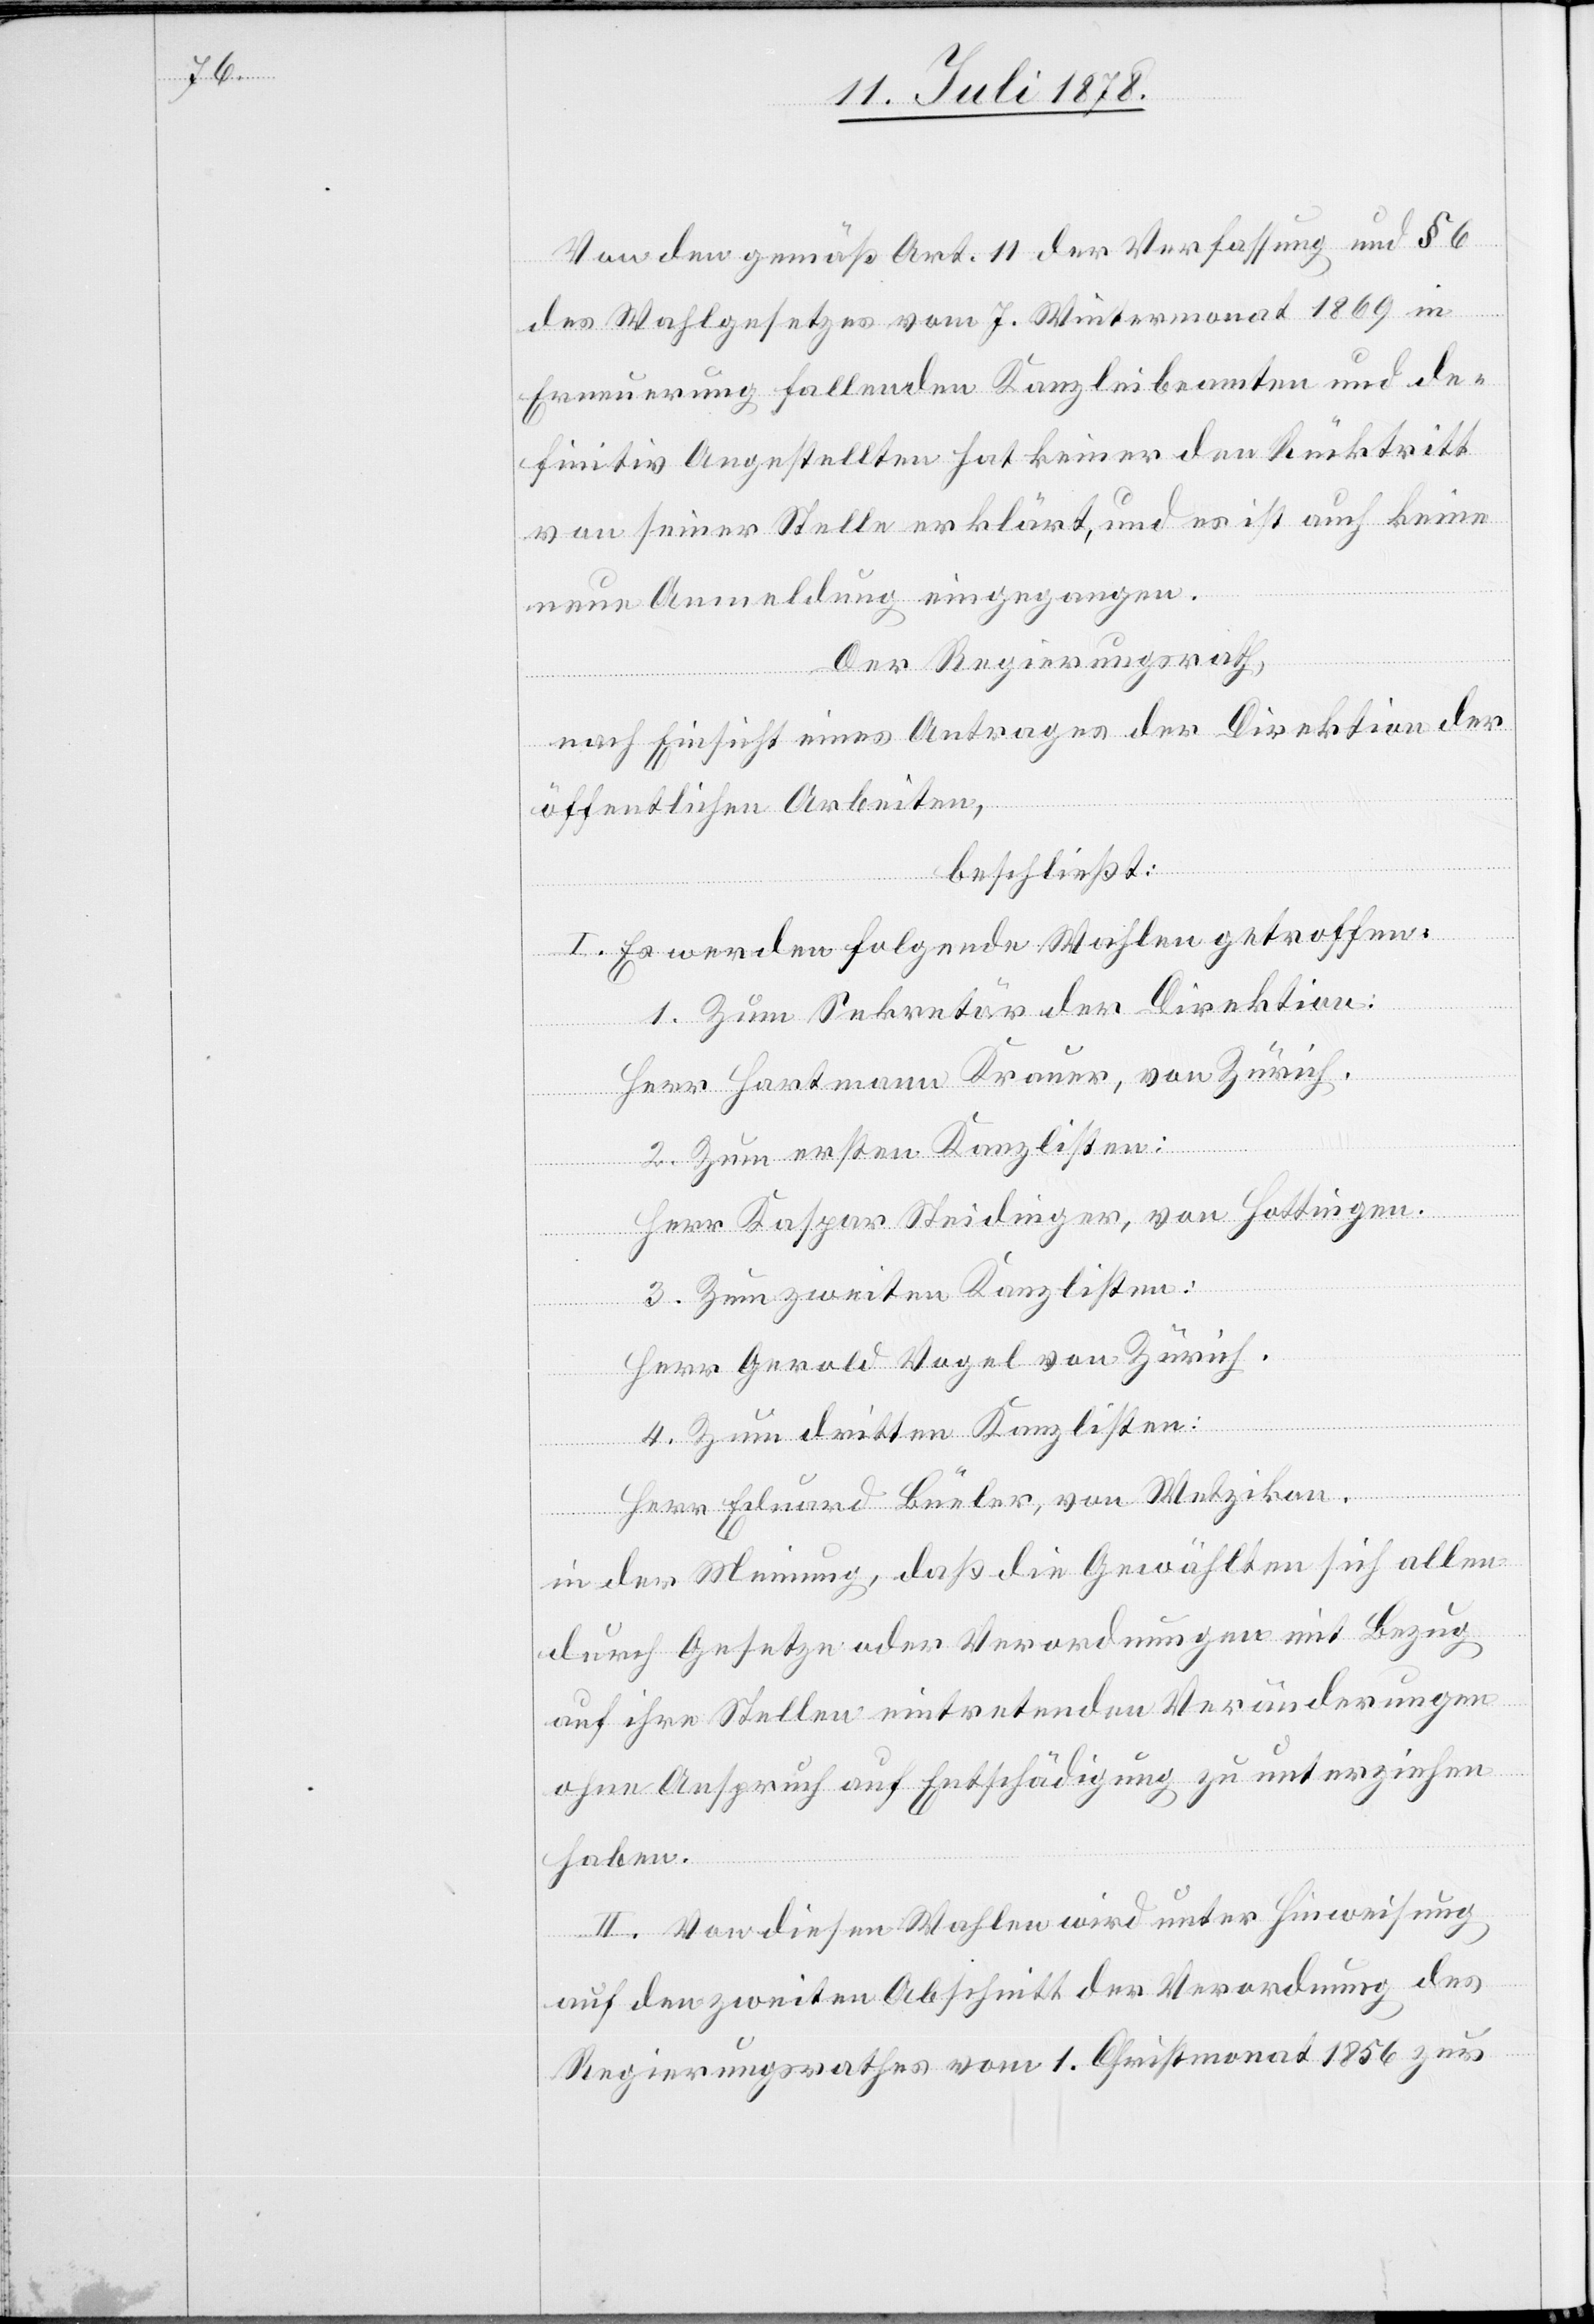
Von den gemäß Art. 11 der Verfassung und § 6
des Wahlgesetzes vom 7. Wintermonat 1869 in
Erneuerung fallenden Kanzleibeamten und de¬
finitiv Angestellten hat keiner den Rücktritt
von seiner Stelle erklärt, und es ist auch keine
neue Anmeldung eingegangen.
Der Regierungsrath,
nach Einsicht eines Antrages der Direktion der
öffentlichen Arbeiten,
beschließt:
I. Es werden folgende Wahlen getroffen:
1. Zum Sekretär der Direktion:
Herr Hartmann Krauer, von Zürich.
2. Zum ersten Kanzlisten:
Herr Kaspar Steidinger, von Hottingen.
3. Zum zweiten Kanzlisten:
Herr Gerold Vogel von Zürich.
4. Zum dritten Kanzlisten:
Herr Eduard Büeler, von Wetzikon.
in der Meinung, daß die Gewählten sich allen
durch Gesetze oder Verordnungen mit Bezug
auf ihre Stellen eintretenden Veränderungen
ohne Anspruch auf Entschädigung zu unterziehen
haben.
II. Von diesen Wahlen wird unter Hinweisung
auf den zweiten Abschnitt der Verordnung des
Regierungsrathes vom 1. Christmonat 1856 zur